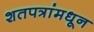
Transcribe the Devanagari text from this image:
शतपत्रांमधून